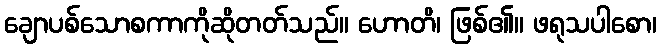
ချောပစ်သောစကာကိုဆိုတတ်သည်။ ဟောတိ၊ ဖြစ်၏။ ဖရုသပါစော၊